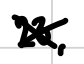
Text: 23,
Cross-out: cross
Writing tool: digital_black